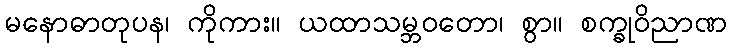
မနောဓာတုပန၊ ကိုကား။ ယထာသမ္ဘဝတော၊ စွာ။ စက္ခုဝိညာဏ